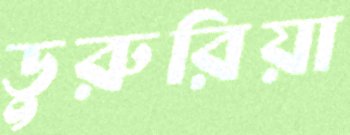
ডুরুরিয়া